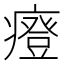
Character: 𤺌